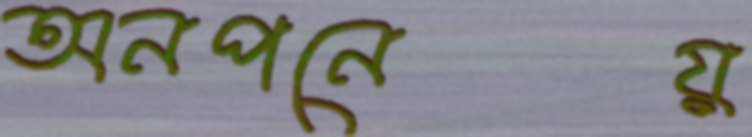
অনপনেয়